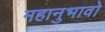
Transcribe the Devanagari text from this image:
महानुभावो